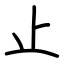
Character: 止